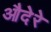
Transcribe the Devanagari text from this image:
औदेरे